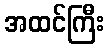
အထင်ကြီး